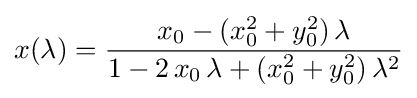
x(\lambda )={\frac {x_{0}-(x_{0}^{2}+y_{0}^{2})\,\lambda }{1-2\,x_{0}\,\lambda +(x_{0}^{2}+y_{0}^{2})\,\lambda ^{2}}}